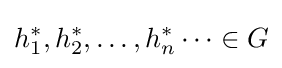
h_{1}^{*},h_{2}^{*},\dots ,h_{n}^{*}\dots \in G